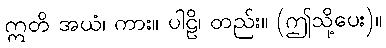
ဣတိ အယံ၊ ကား။ ပါဠိ၊ တည်း။ (ဤသို့ပေး)။